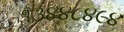
૧૩૪૪૮૪૯૪